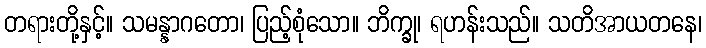
တရားတို့နှင့်။ သမန္နာဂတော၊ ပြည့်စုံသော။ ဘိက္ခု၊ ရဟန်းသည်။ သတိအာယတနေ၊